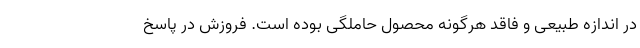
در اندازه طبیعی و فاقد هرگونه محصول حاملگی بوده است. فروزش در پاسخ